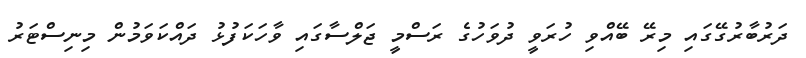
ދަރުބާރުގޭގައި މިރޭ ބޭއްވި ހުރަވީ ދުވަހުގެ ރަސްމީ ޖަލްސާގައި ވާހަކަފުޅު ދައްކަވަމުން މިނިސްޓަރު